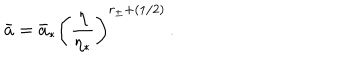
\bar { a } = \bar { a } _ { * } \left( { \frac { \eta } { \eta _ { * } } } \right) ^ { r _ { \pm } + ( 1 / 2 ) } \, .